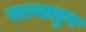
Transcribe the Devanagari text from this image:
राज्यातुन